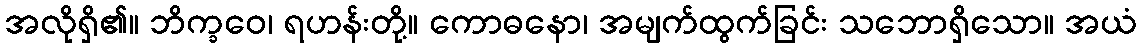
အလိုရှိ၏။ ဘိက္ခဝေ၊ ရဟန်းတို့။ ကောဓနော၊ အမျက်ထွက်ခြင်း သဘောရှိသော။ အယံ